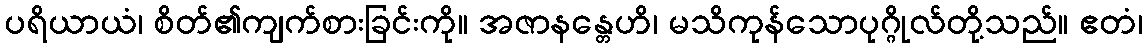
ပရိယာယံ၊ စိတ်၏ကျက်စားခြင်းကို။ အဇာနန္တေဟိ၊ မသိကုန်သောပုဂ္ဂိုလ်တို့သည်။ ဧတံ၊